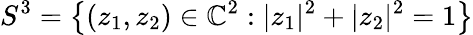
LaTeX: S^{3}=\left\{ (z_{1},z_{2})\in\mathbb{C}^{2}:|z_{1}|^{2}+|z_{2}|^{2}=1\right\}